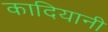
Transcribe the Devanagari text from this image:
कादियानी